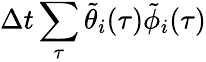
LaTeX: \Delta t\sum_{\tau}\tilde{\theta}_{i}(\tau)\tilde{\phi}_{i}(\tau)